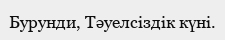
Бурунди, Тәуелсiздiк күнi.